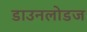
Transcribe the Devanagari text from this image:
डाउनलोडज